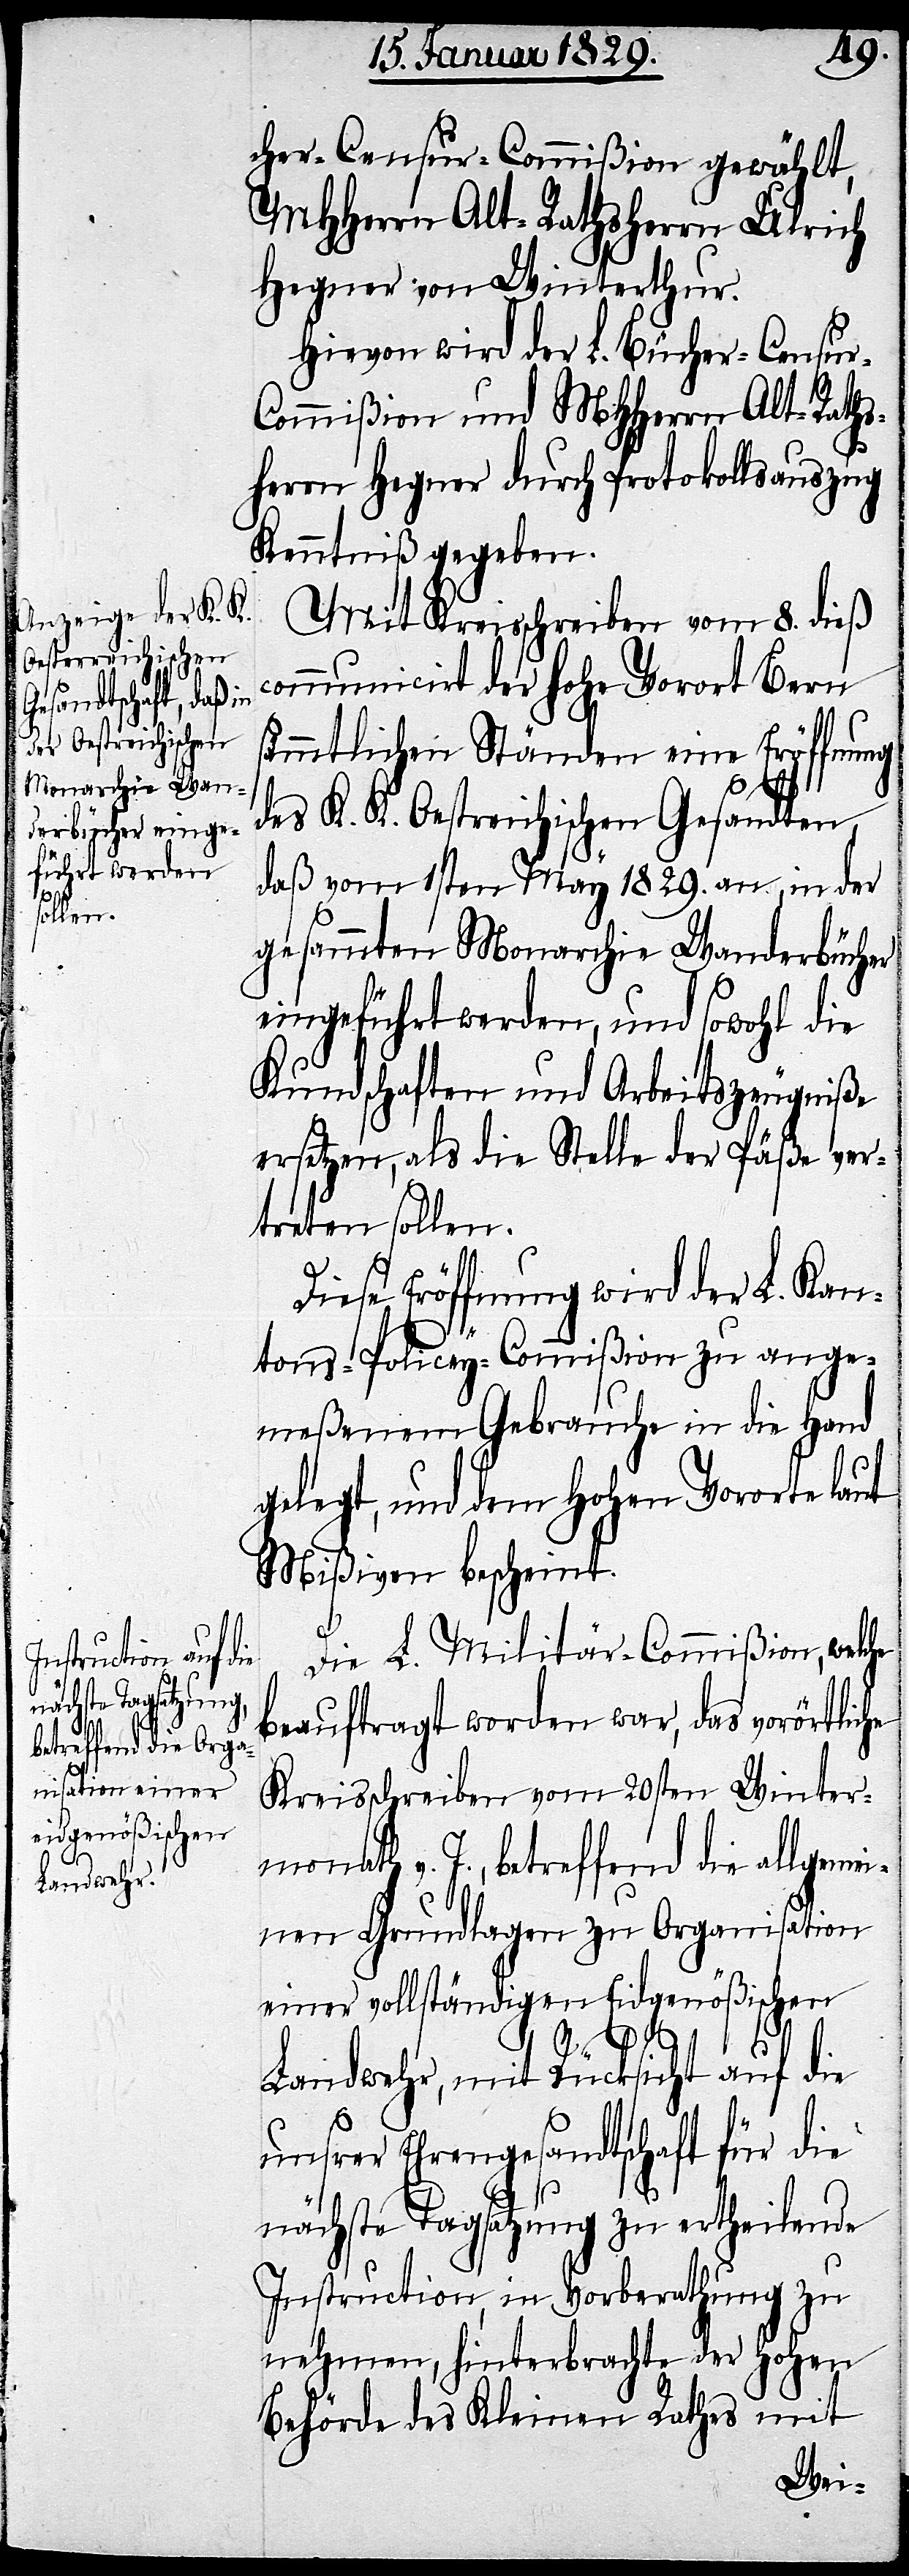
cher-Censur-Commißion gewählt,
MHHerrn Alt-Rathsherrn Ulrich
Hegner von Winterthur.
Hievon wird der L. Bücher-Censur-C¬
ommißion und MHHerrn Alt-Raths¬
herrn Hegner durch Protokollsauszug
Kenntniß gegeben.
Mit Kreisschreiben vom 8. dieß
communicirt der hohe Vorort Bern
sämmtlichen Ständen eine Eröffnung
des K. K. Oestreichischen Gesandten,
daß vom 1sten May 1829. an, in der
gesammten Monarchie Wanderbücher
eingeführt werden, und sowohl die
Kundschaften und Arbeitszeugniße
ersetzen, als die Stelle der Päße ver¬
treten sollen.
Diese Eröffnung wird der L. Kan¬
tons-Policey-Commißion zu ange¬
meßenem Gebrauche in die Hand
gelegt, und dem Hohen Vororte laut
Mißiven bescheint.
Die L. Militär-Commißion, welche
beauftragt worden war, das vorörtliche
Kreisschreiben vom 20sten Winter¬
monath v. J., betreffend die allgeme¬
inen Grundlagen zu Organisation
einer vollständigen Eidgenößischen
Landwehr, mit Rücksicht auf die
unsrer Ehrengesandtschaft für die
nächste Tagsatzung zu ertheilende
Instruction, in Vorberathung zu
nehmen, hinterbrachte der Hohen
Behörde des Kleinen Rathes mit